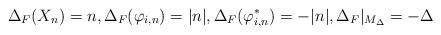
LaTeX: \begin{align*}\Delta_F (X_{n})=n,\Delta_F (\varphi_{i,n})=|n|,\Delta_F (\varphi^*_{i,n})=-|n|,\Delta_F|_{M_\Delta}=-\Delta\end{align*}